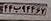
۴۴ب۹۴۴۶۷